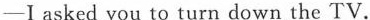
—I asked you to turn down the TV.